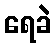
ရေခဲ